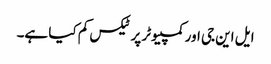
ایل این جی اور کمپیوٹر پر ٹیکس کم کیا ہے۔